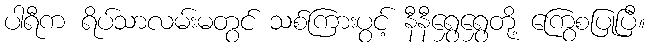
ပါရီက ရိပ်သာလမ်းမတွင် သစ်ကြားပွင့် နီနီရွှေရွှေတို့ ကြွေစပြုပြီ။